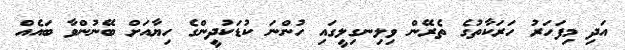
އަދި މިފަހަރު ހަރަކާތުގެ ތެރޭން ވިލިނގިލީގައި ހުންނަ ކުޑަކުދީންގެ ހިޔާއަށް ބޭނުންވާ ބައެއް